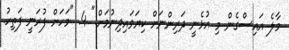
މާލެ އައިސްގެން މި އުޅެނީ ދަރިންނަށް ކިޔަވައިދިނުމަށް." 4. "މަހަށް ފުރަނީ ފަތިހު.